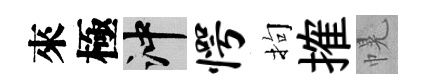
來極冲愕拘搉幌